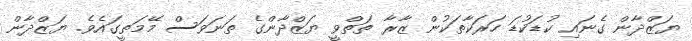
ޔަޒްދާން ގެނައި ކުޑަކުޑަ ހަރަކާތަކުން ޒާރާ ތަތްވީ ޔަޒްދާންގެ ތަނަވަސް މޭމަތީގައެވެ. ޔަޒްދާން